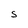
Character: S